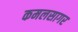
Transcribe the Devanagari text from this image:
कमलसागर